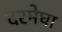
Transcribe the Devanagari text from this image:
दरमेघा